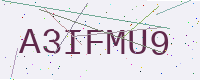
Text: A3IFMU9